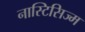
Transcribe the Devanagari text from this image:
नास्टिसिज्म